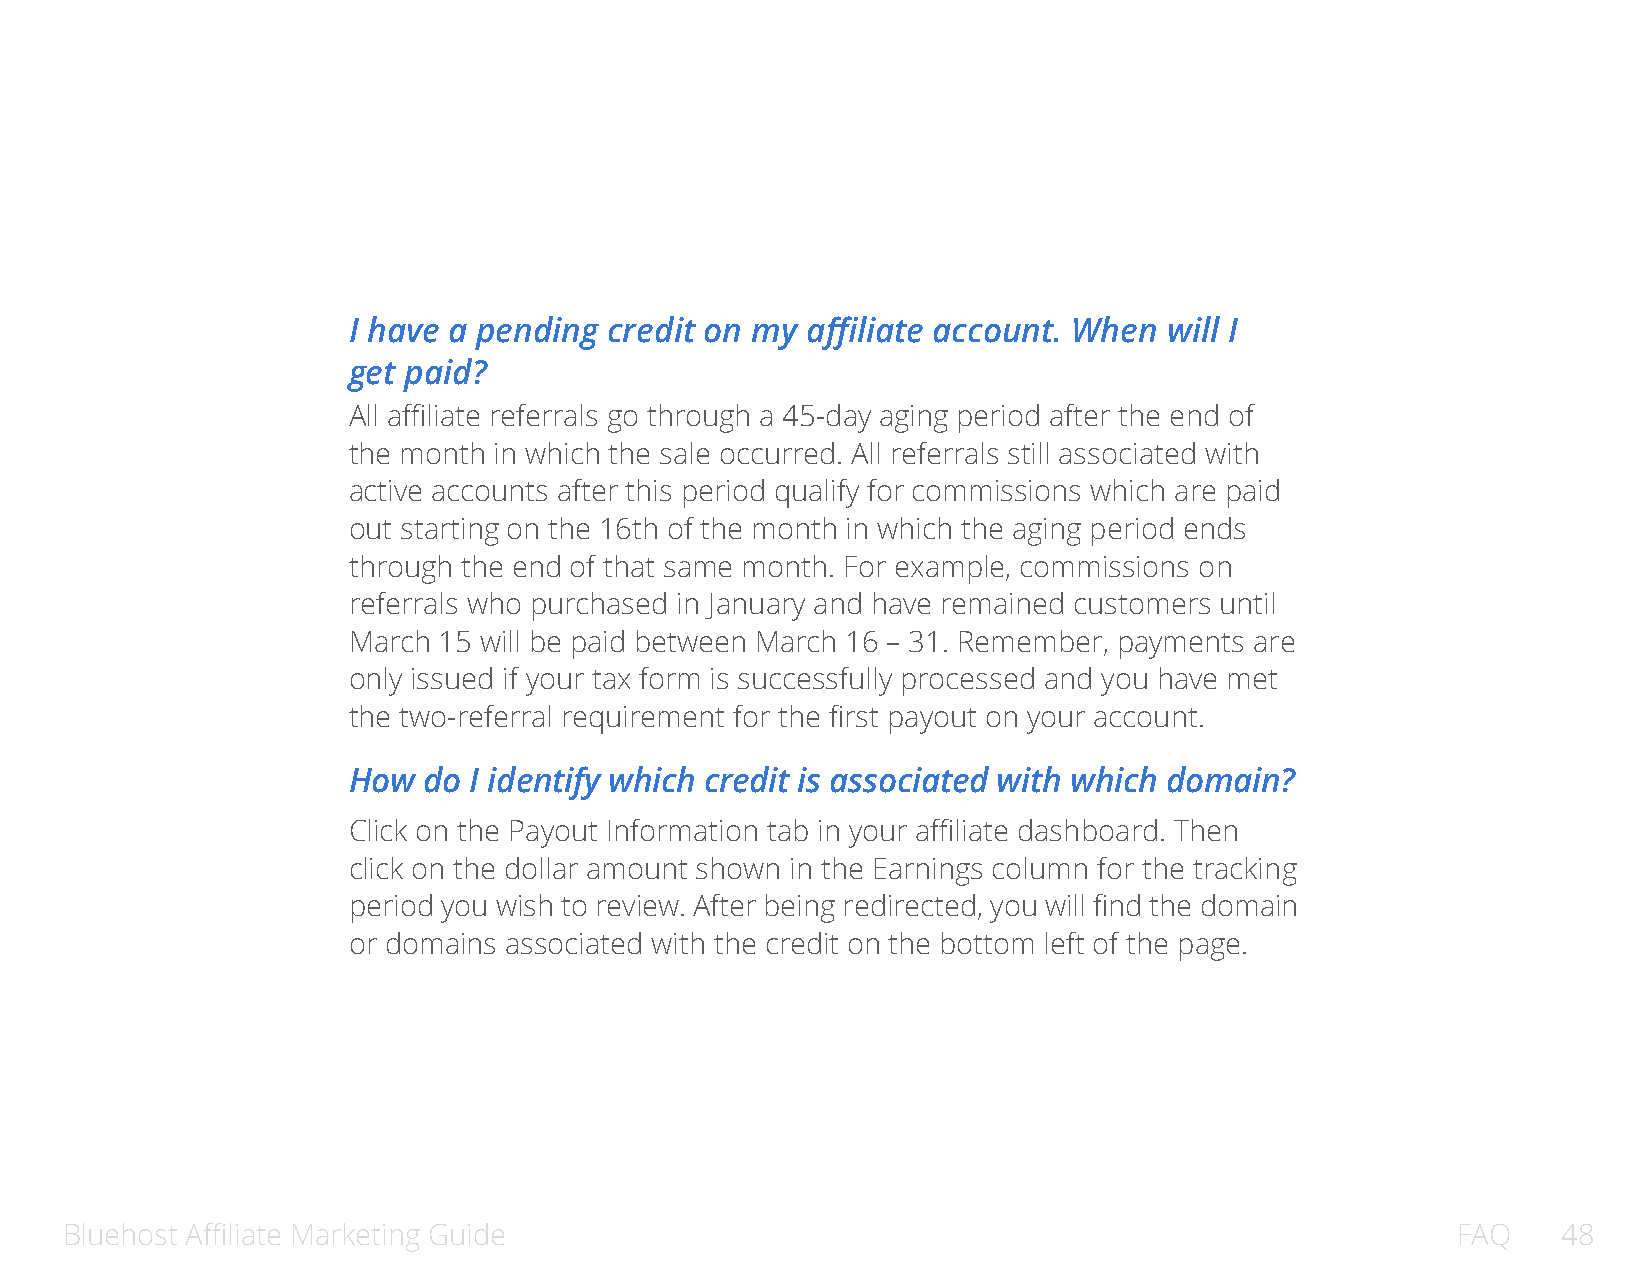
I have a pending credit on my affiliate account. When will I
 get paid?
 All affiliate referrals go through a 45-day aging period after the end of
 the month in which the sale occurred. All referrals still associated with
 active accounts after this period qualify for commissions which are paid
 out starting on the 16th of the month in which the aging period ends
 through the end of that same month. For example, commissions on
 referrals who purchased in January and have remained customers until
 March 15 will be paid between March 16 – 31. Remember, payments are
 only issued if your tax form is successfully processed and you have met
 the two-referral requirement for the first payout on your account.
 How  do I identify which credit is associated with which domain?
 Click on the Payout Information tab in your affiliate dashboard. Then
 click on the dollar amount shown in the Earnings column for the tracking
 period you wish to review. After being redirected, you will find the domain
 or domains associated with the credit on the bottom left of the page.
 Bluehost Affiliate Marketing Guide                                                          FAQ    48